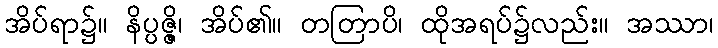
အိပ်ရာ၌။ နိပ္ပဇ္ဇိ၊ အိပ်၏။ တတြာပိ၊ ထိုအရပ်၌လည်း။ အဿာ၊